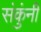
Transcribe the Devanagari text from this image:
संकुंनी